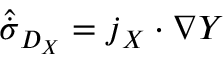
\hat { \dot { \sigma } } _ { D _ { X } } = \boldsymbol { j } _ { X } \cdot \nabla Y